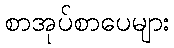
စာအုပ်စာပေများ